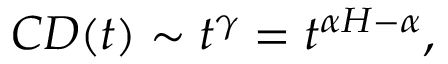
C D ( t ) \sim t ^ { \gamma } = t ^ { \alpha H - \alpha } ,